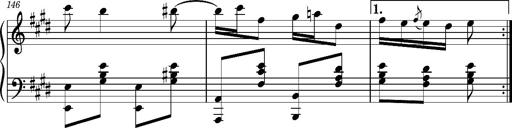
Title: Ungarischer Romanzero
Composer: Franz Liszt